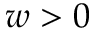
w > 0